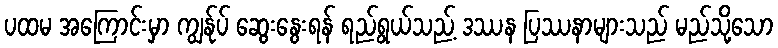
ပထမ အကြောင်းမှာ ကျွန်ုပ် ဆွေးနွေးရန် ရည်ရွယ်သည့် ဒဿန ပြဿနာများသည် မည်သို့သော